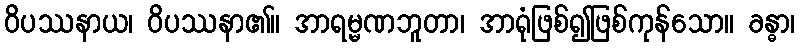
ဝိပဿနာယ၊ ဝိပဿနာ၏။ အာရမ္မဏဘူတာ၊ အာရုံဖြစ်၍ဖြစ်ကုန်သော။ ခန္ဓာ၊